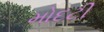
મોદટી